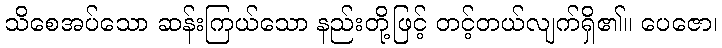
သိစေအပ်သော ဆန်းကြယ်သော နည်းတို့ဖြင့် တင့်တယ်လျက်ရှိ၏။ ပေဇော၊